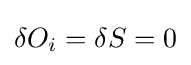
\delta O_{i}=\delta S=0